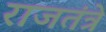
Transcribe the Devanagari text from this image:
राजतंत्रे